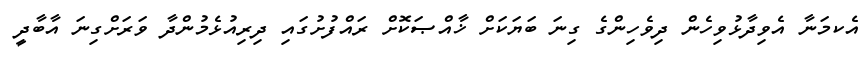
އެކމަނާ އެވިދާޅުވިހެން ދިވެހިންގެ ގިނަ ބަޔަކަށް ޚާއްޞަކޮށް ރައްފުށުގައި ދިރިއުޅެމުންދާ ވަރަށްގިނަ އާބާދީ